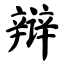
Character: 辩